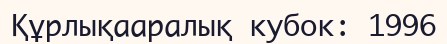
Құрлықааралық кубок: 1996